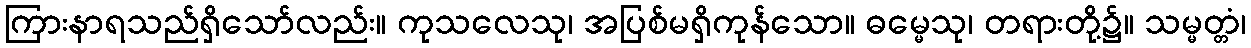
ကြားနာရသည်ရှိသော်လည်း။ ကုသလေသု၊ အပြစ်မရှိကုန်သော။ ဓမ္မေသု၊ တရားတို့၌။ သမ္မတ္တံ၊